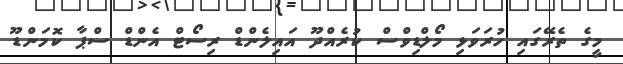
މީގެ ތެރޭގައި ހުރަވަޅި މޯލްޑިވްސް ކުރެއްދޫ އައިލެންޑް ރިސޯޓް އެންޑް ސްޕާ ކޮމަންޑޫ